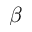
\beta